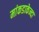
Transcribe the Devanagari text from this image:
मांकडाकेन्दा